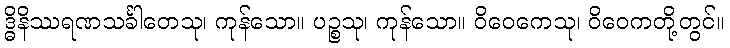
ဒ္ဓိနိဿရဏသင်္ခါတေသု၊ ကုန်သော။ ပဉ္စသု၊ ကုန်သော။ ဝိဝေကေသု၊ ဝိဝေကတို့တွင်။